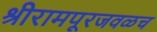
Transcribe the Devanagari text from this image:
श्रीरामपूरजवळच